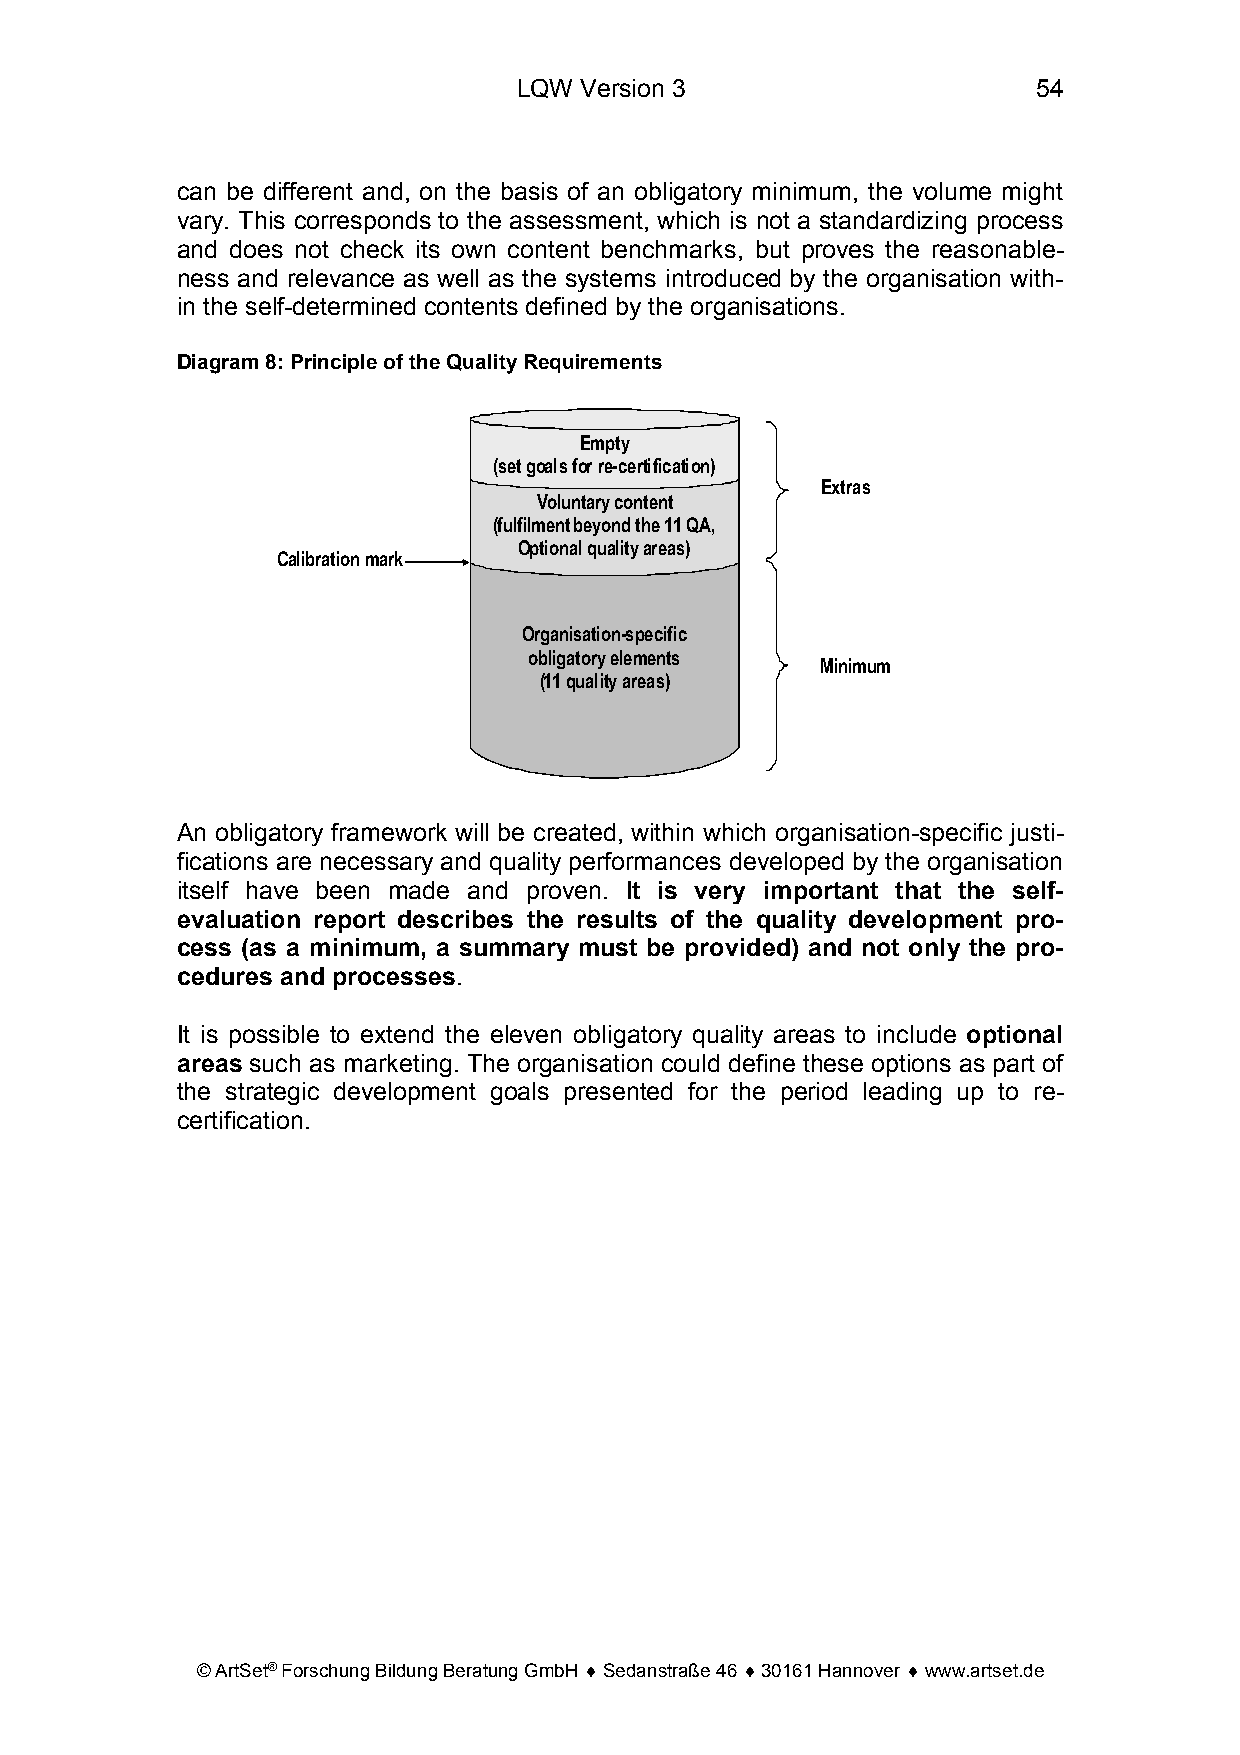
LQW Version 3                      54
 can be different and, on the basis of an obligatory minimum, the volume might
 vary. This corresponds to the assessment, which is not a standardizing process
 and does not check its own content benchmarks, but proves the reasonable-
 ness and relevance as well as the systems introduced by the organisation with-
 in the self-determined contents defined by the organisations.
 Diagram 8: Principle of the Quality Requirements
 Empty
 (setgoalsforre-certification)
 Extras
 Voluntarycontent
 (fulfilmentbeyondthe11 QA,
 Optional qualityareas)
 Calibrationmark
 Organisation-specific
 obligatoryelements
 Minimum
 (11 qualityareas)
 An obligatory framework will be created, within which organisation-specific justi-
 fications are necessary and quality performances developed by the organisation
 itself have been made and proven. It is very important that the self-
 evaluation report describes the results of the quality development pro-
 cess (as a minimum, a summary must be provided) and not only the pro-
 cedures and processes.
 It is possible to extend the eleven obligatory quality areas to include optional
 areas such as marketing. The organisation could define these options as part of
 the strategic development goals presented for the period leading up to re-
 certification.
 © ArtSet® Forschung Bildung Beratung GmbH ♦ Sedanstraße 46 ♦ 30161 Hannover ♦ www.artset.de